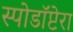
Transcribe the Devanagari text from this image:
स्पोडॉप्टेरा